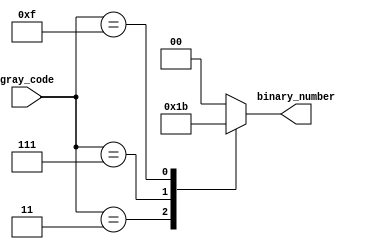
module gray_code_priority_encoder (
    input wire [n-1:0] gray_code, // input signals representing Gray code
    output reg [log2n-1:0] binary_number // binary number representing highest priority input signal
);

// Parameter declarations
parameter n = 4; // Number of input signals
parameter log2n = $clog2(n); // Number of bits required to represent n

always @(*) begin
    case (gray_code)
        4'b0001: binary_number = 2'b00; // Highest priority for input 1
        4'b0011: binary_number = 2'b01; // Highest priority for input 2
        4'b0111: binary_number = 2'b10; // Highest priority for input 3
        4'b1111: binary_number = 2'b11; // Highest priority for input 4
        default: binary_number = 2'b00; // Default output
    endcase
end

endmodule